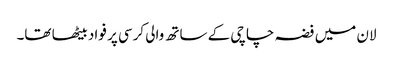
لان میں فضہ چاچی کے ساتھ والی کرسی پر فواد بیٹھا تھا۔